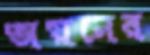
অয়নের